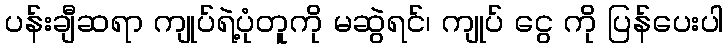
ပန်းချီဆရာ ကျုပ်ရဲ့ပုံတူကို မဆွဲရင်၊ ကျုပ် ငွေ ကို ပြန်ပေးပါ